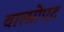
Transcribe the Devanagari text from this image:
वाल्प्रोएट